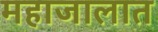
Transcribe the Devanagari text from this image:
महाजालात